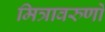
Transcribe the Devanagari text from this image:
मित्रावरुणों